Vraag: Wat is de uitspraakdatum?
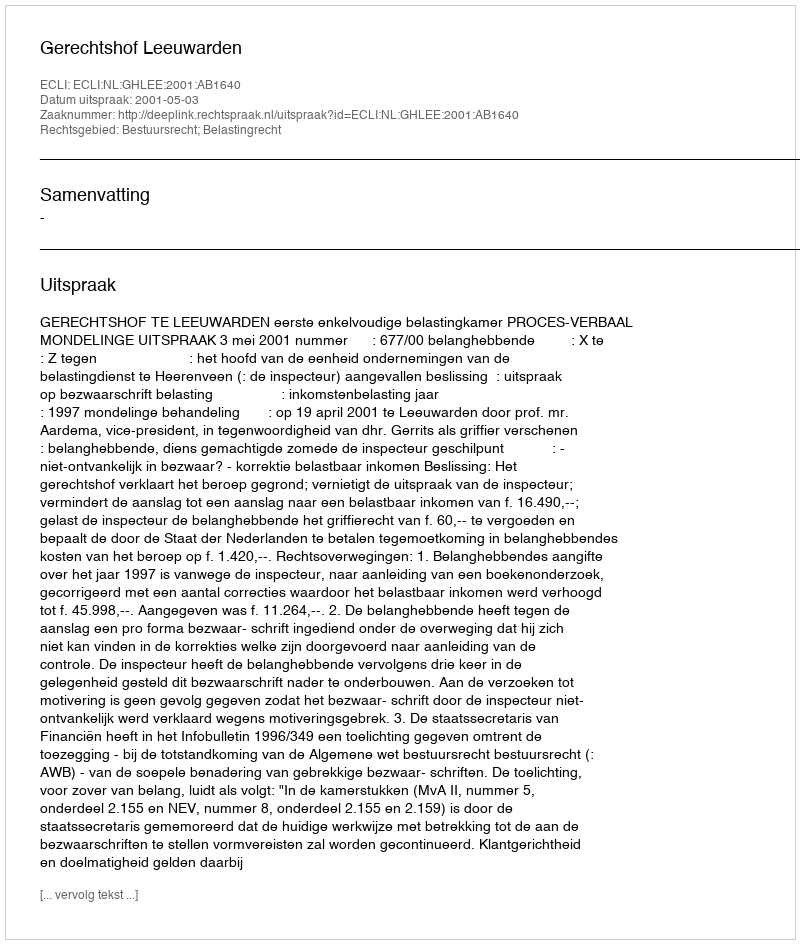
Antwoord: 2001-05-03